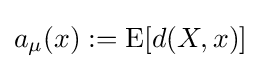
a_{\mu }(x):=\operatorname {E} [d(X,x)]